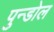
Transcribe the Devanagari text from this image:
पुन्डोल